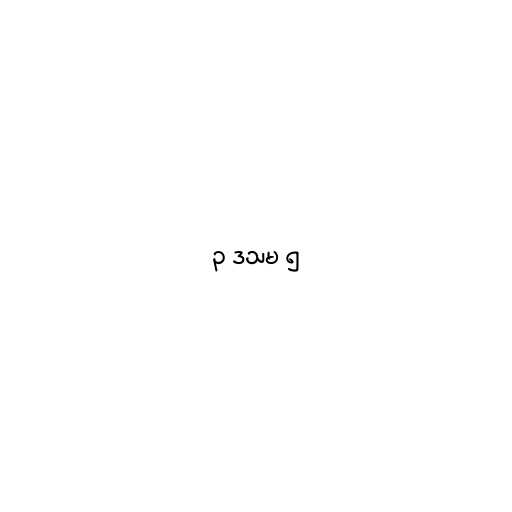
၃ ဒသမ ၅